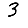
Digit: 3